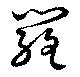
羅